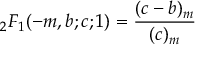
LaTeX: { } _ { 2 } F _ { 1 } ( - m , b ; c ; 1 ) = { \frac { ( c - b ) _ { m } } { ( c ) _ { m } } }